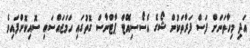
އަދި މިހާތަނަށް ފަސް ފަރާތަކުން ޝޯގެ އެސޯސިއޭޓް ޕާޓްނާސް ގޮތުގައި ހަމަޖައްސައި ސޮއިކޮށްފައިވެ